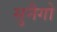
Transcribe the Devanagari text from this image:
सुनैगो